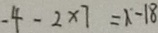
- 4 - 2 \times 7 = 1 - 1 8